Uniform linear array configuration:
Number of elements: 48
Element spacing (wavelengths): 0.5
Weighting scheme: blackman
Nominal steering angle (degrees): -30
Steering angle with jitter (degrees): -29.816
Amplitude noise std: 0.05
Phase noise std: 0.05

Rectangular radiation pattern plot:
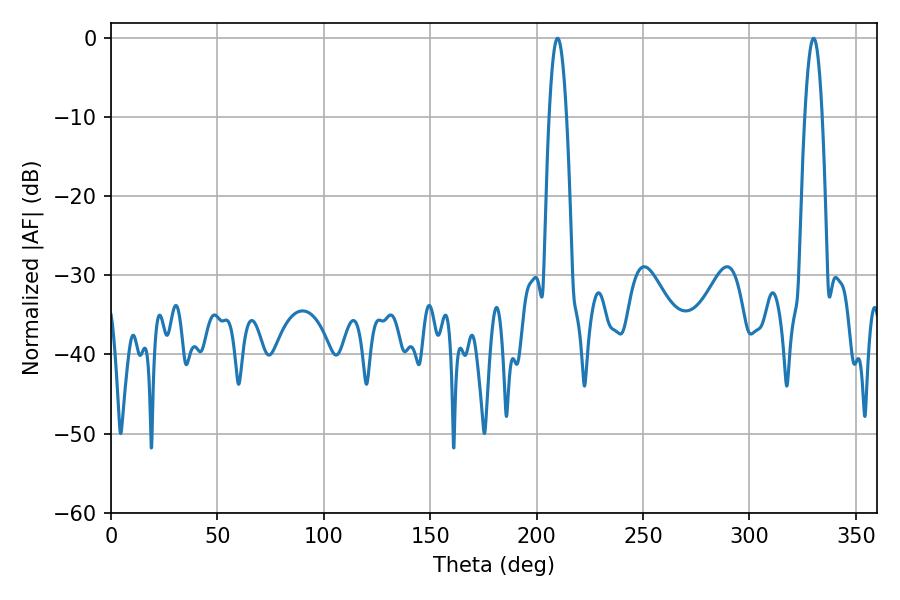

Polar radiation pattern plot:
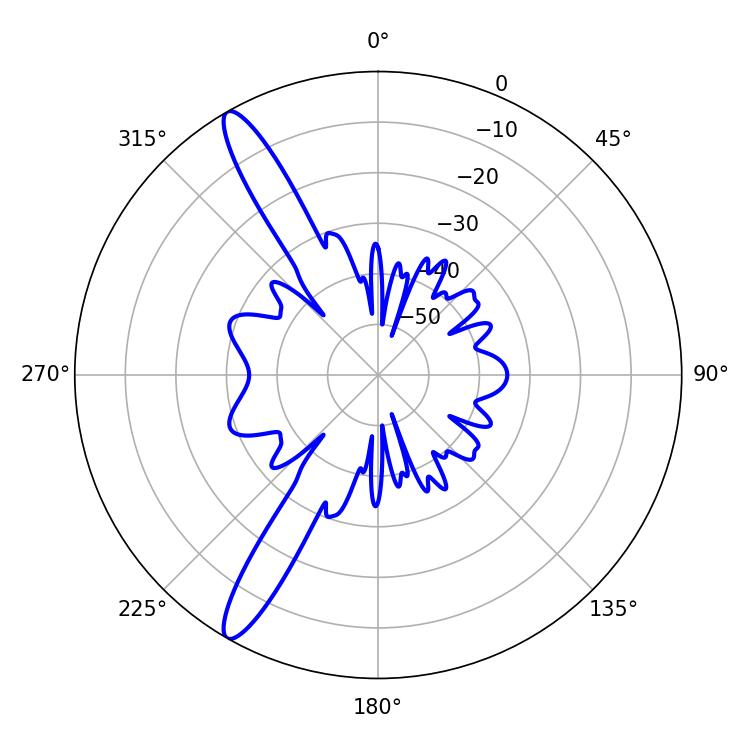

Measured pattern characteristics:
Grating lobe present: FALSE
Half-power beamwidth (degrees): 4.32
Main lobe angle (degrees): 330.12